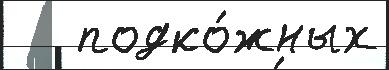
   подко́жных